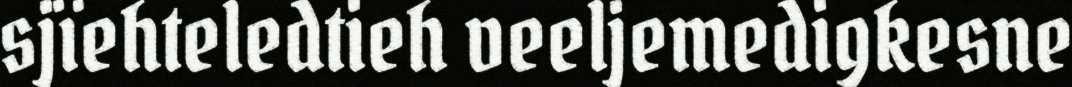
sjïehteledtieh veeljemedigkesne